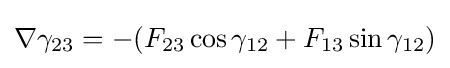
\nabla \gamma _{23}=-(F_{23}\cos \gamma _{12}+F_{13}\sin \gamma _{12})